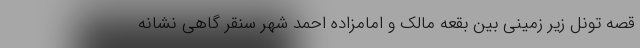
قصه تونل زیر زمینی بین بقعه مالک و امامزاده احمد شهر سنقر گاهی نشانه